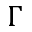
\Gamma